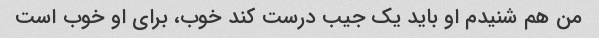
من هم شنیدم او باید یک جیب درست کند خوب، برای او خوب است